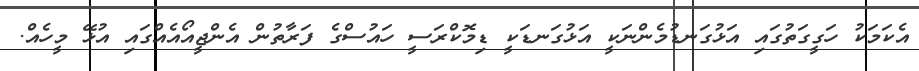
އެކަމަކު ހަގީގަތުގައި އަޅުގަނޑުމެންނަކީ އަޅުގަނޑަކީ ޑިމޮކްރަސީ ހައުސްގެ ފަރާތުން އެންޖީއޯއެއްގައި އުޅޭ މީހެއް.